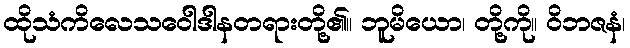
ထိုသံကိလေသဝေါဒါနတရားတို့၏။ ဘူမိယော၊ တို့ကို။ ဝိဘဇနံ၊